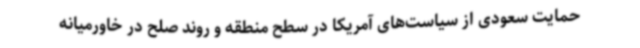
حمایت سعودی از سیاست‌های آمریکا در سطح منطقه و روند صلح در خاورمیانه